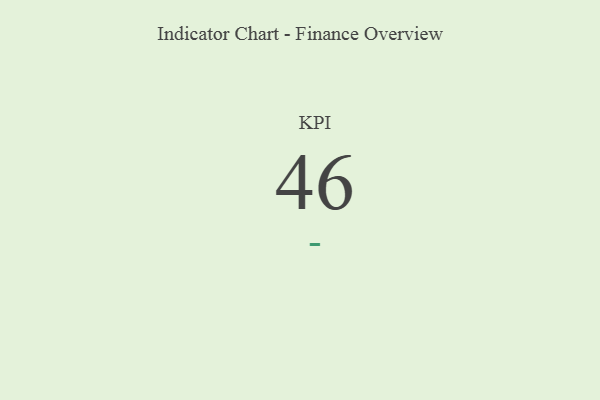
{"axis": {"x": "KPI", "y": "Value"}, "legend": [""], "data": [{"x": "KPI", "y": 46, "type": ""}]}